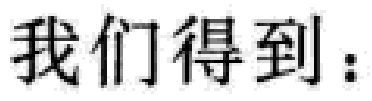
我们得到：